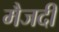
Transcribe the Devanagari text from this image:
मैजदी